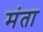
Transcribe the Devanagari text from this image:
मंता